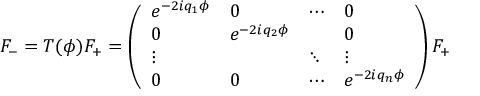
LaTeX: F _ { - } = T ( \phi ) F _ { + } = \left( \begin{array} { l l l l } { { e ^ { - 2 i q _ { 1 } \phi } } } & { { 0 } } & { { \cdots } } & { { 0 } } \\ { { 0 } } & { { e ^ { - 2 i q _ { 2 } \phi } } } & { { } } & { { 0 } } \\ { { \vdots } } & { { } } & { { \ddots } } & { { \vdots } } \\ { { 0 } } & { { 0 } } & { { \cdots } } & { { e ^ { - 2 i q _ { n } \phi } } } \end{array} \right) F _ { + }